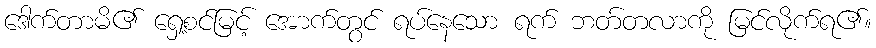
ဒေါက်တာမိ၏ ရှေ့စင်မြင့် အောက်တွင် ရပ်နေသော ရက် ဘတ်တလာကို မြင်လိုက်ရ၏။